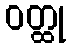
ဝတ္ထု